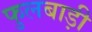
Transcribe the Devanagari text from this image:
फुलबाड़ी